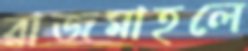
রাজমাহলে